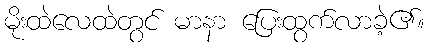
မိုးထဲလေထဲတွင် မာနာ ပြေးထွက်လာခဲ့၏။